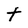
Character: t